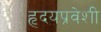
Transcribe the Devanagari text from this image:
हृदयप्रवेशी